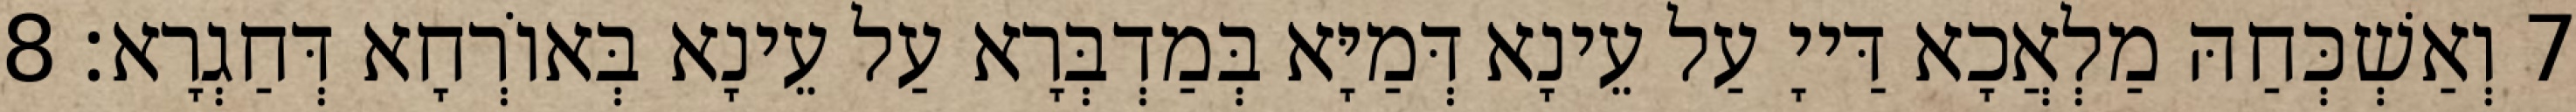
7 וְאַשְׁכְּחַהּ מַלְאֲכָא דַּייָ עַל עֵינָא דְּמַיָּא בְּמַדְבְּרָא עַל עֵינָא בְּאוֹרְחָא דְּחַגְרָא׃ 8